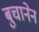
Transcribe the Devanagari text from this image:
बुचानेन